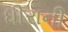
ધીરાની